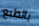
بالطبع